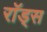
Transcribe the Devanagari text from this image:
राॅड्स